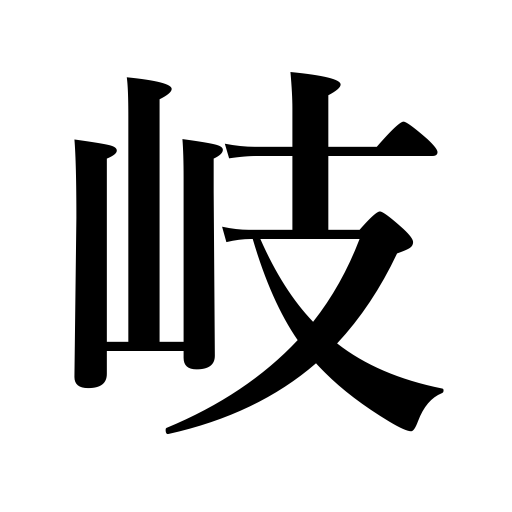
Meanings: arena,forking road,theater,street,quarters,scene